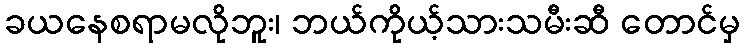
ခယနေစရာမလိုဘူး၊ ဘယ်ကိုယ့်သားသမီးဆီ တောင်မှ